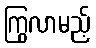
ကြွလာမည့်